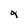
Character: 4